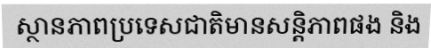
ស្ថានភាពប្រទេសជាតិមានសន្តិភាពផង និង